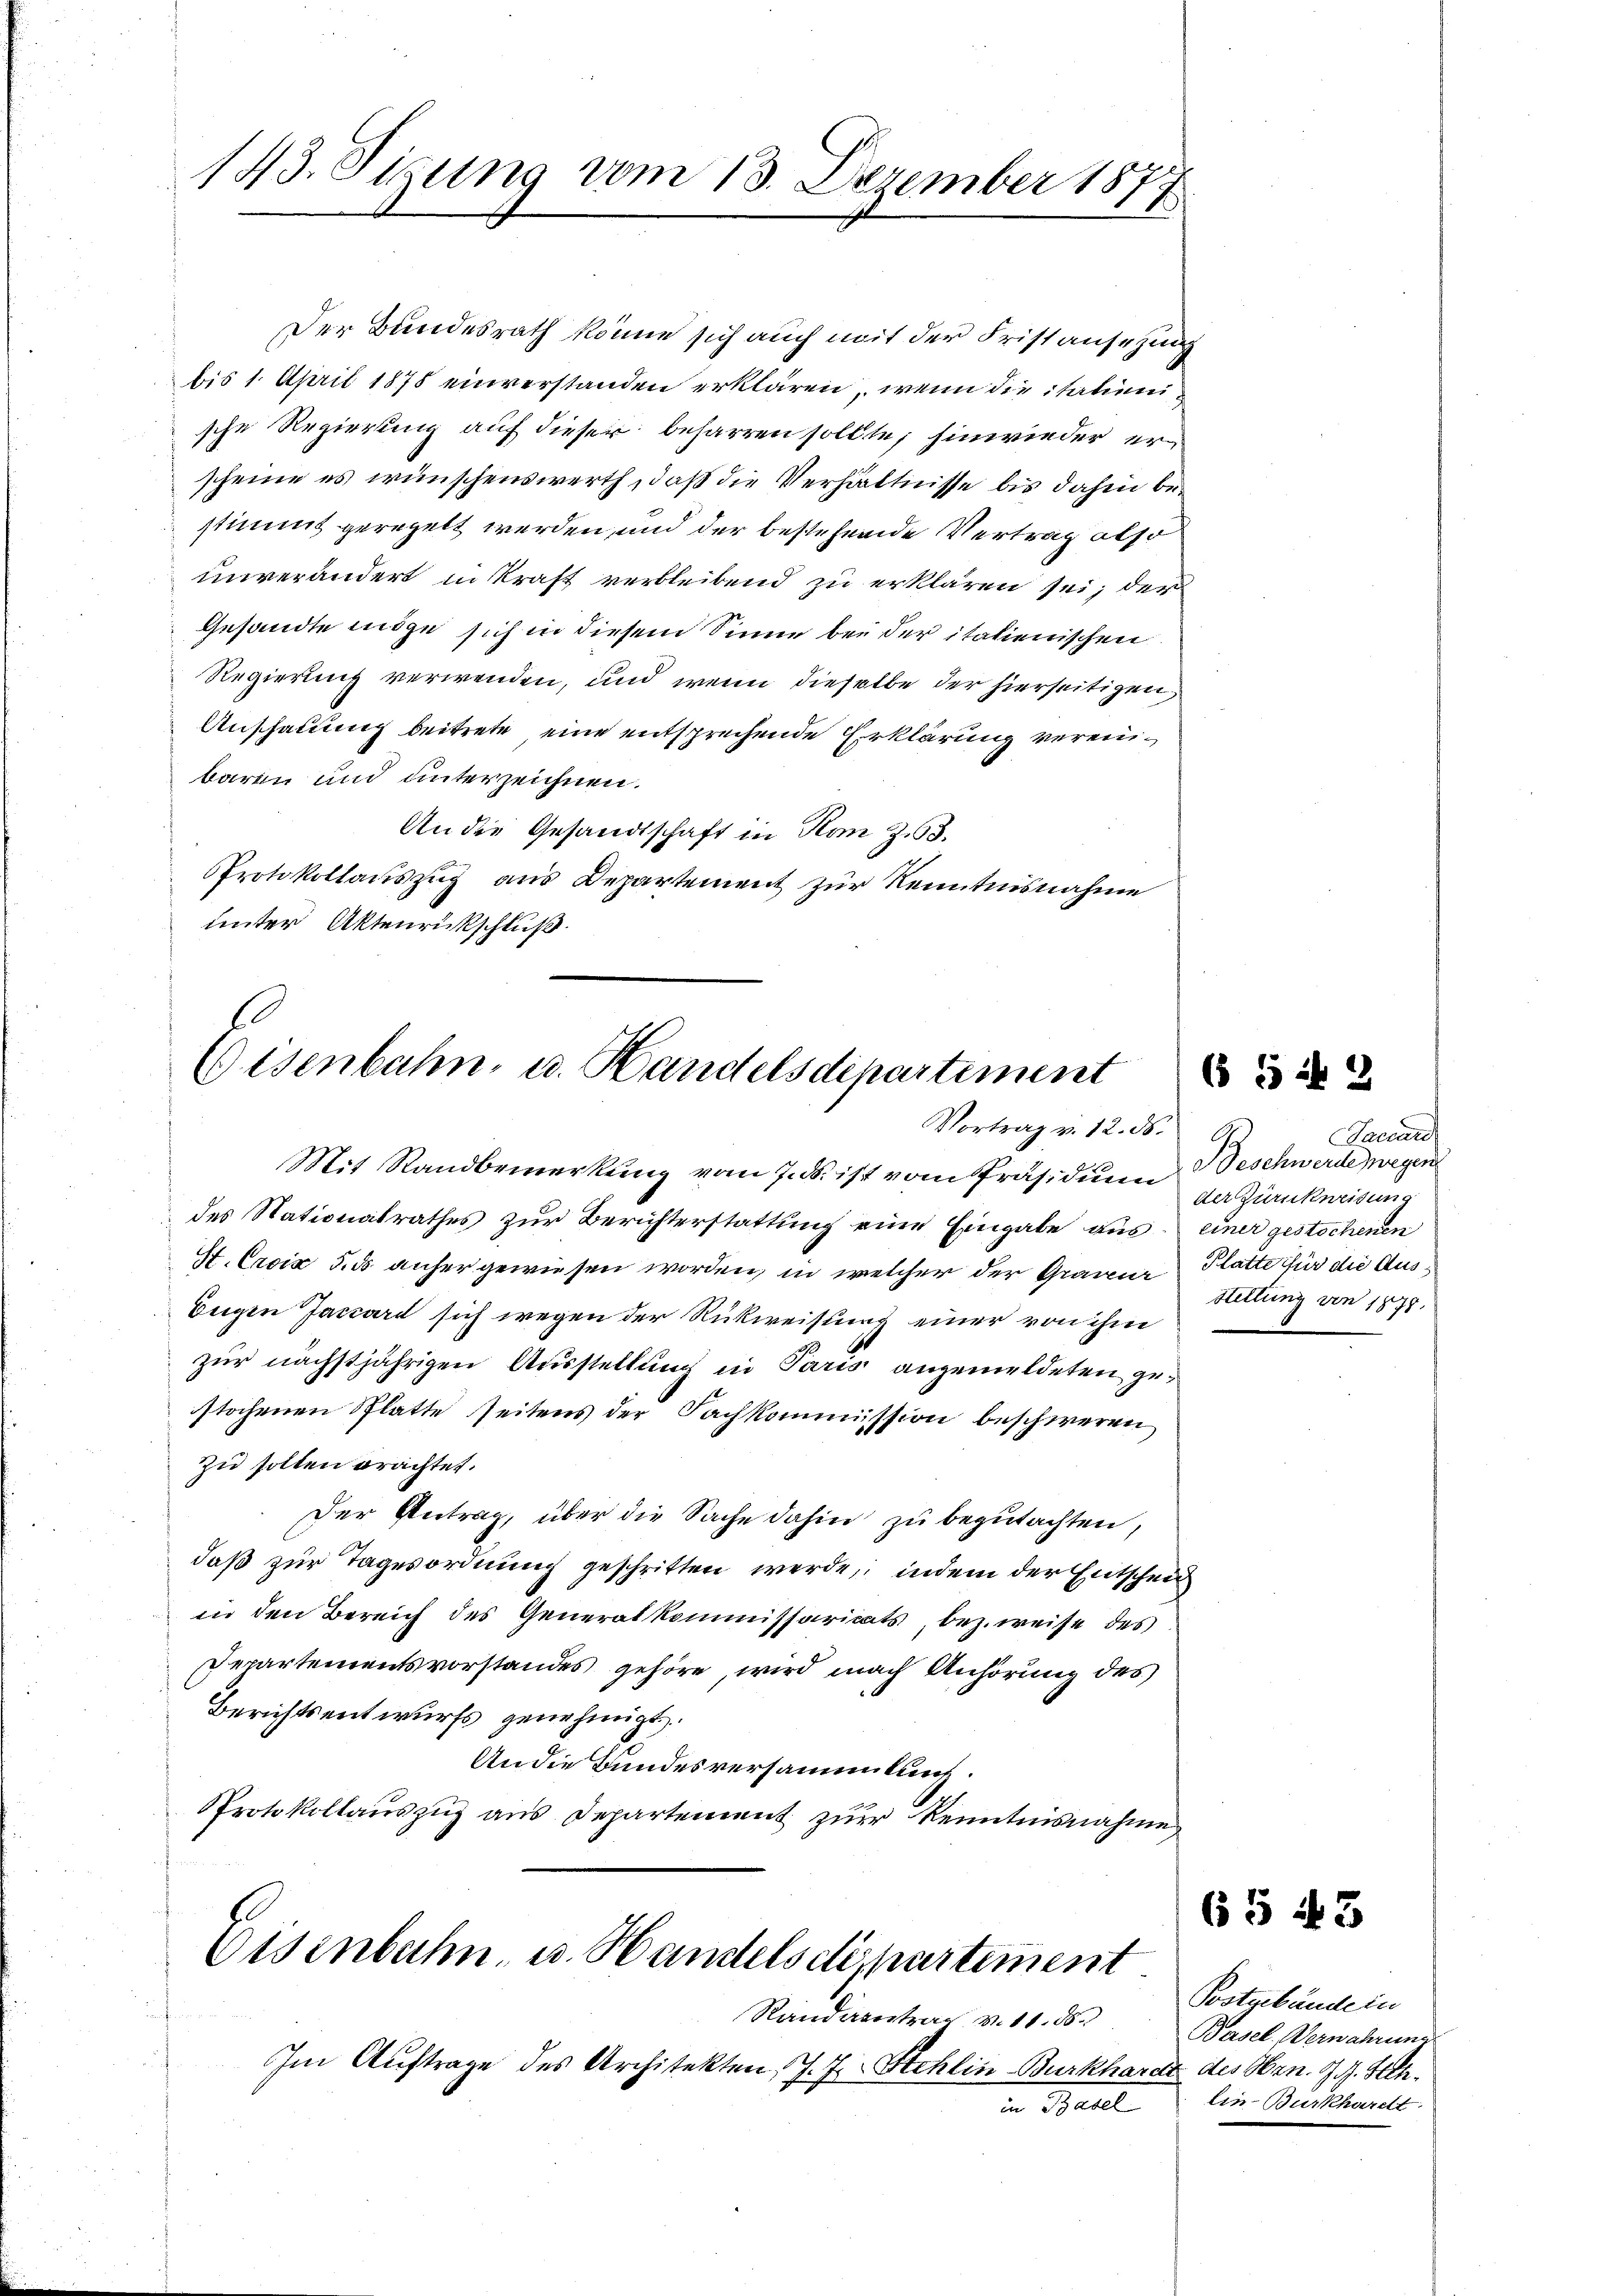
Der Bundesrath könne sich auch mit der Fristansezung
bis 1. April 1878 einverstanden erklären, wenn die itationische Regierung auf dieser beharren sollte; hinwieder erscheine es wünschenswerth, daß die Verhältnisse bis dahin bestimmt geregelt werden, und der bestehende Vertrag also
unverändert in kraft verbleibend zu erklären sei; der
Gesandte möge sich in diesem Sinne bei der italienischen
Regierung verwenden, und wenn dieselbe der hierseitigen,
Anschauung beitrete, eine entsprechende Erklärung vereibaren und unterzeichnen.
An die Gesandtschaft in Han zu 3.
PProtokollauszug aus Departement zur Kenntnisnahme
unter Aktenrückschluß

143. Sigung vom 13. Dezember 1877

Eisenbahn u. Handelsdepartement

Vortrag v. 12. ds.
Mit Randbemerkung vom 7. ds. ist vom Präsidium Beschwerde wegen
des Nationalrathes zur Berichterstattung eine Eingabe aus, einer gestochenen
St. Croix 5. ds anher gewiesen worden, in welcher der Grauer Platte für die Aus¬
Eugen Jassard sich wegen der Rückweisung einer von ihm
zur nächstjährigen Ausstellung in Paris angemeldeten gestochenen Splatte seitens der Fachkommission beschweren
Zu sollen brachtet.
Der Antrag, über die Sache dahin zu begutachten,
daß zur Tagesordnung geschritten werde, indem der Entscheid
in den Bereich des Generalkommissariats, bez. weise des
Departementsvorstandes gehöre, wird nach Anhörung des
Berichtsentwurfs genehmigt.
An die Bundesversammlung.
Protokollauszug aus Departement zur Kenntnisnahme

Eisenbahn, u. Handels dispartement
Randerentrag v. 11. 85.

Im Auftrage des Architekten J. J. Schlin-Burkhardt des Obern. G. J. Hch.
i Baut

65 n 2

accard
G
der Zurückweisung
Hettung von 1879.

Postgebändern
Basel, Vernahrung
lin-Burkhardt.

65 43